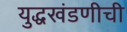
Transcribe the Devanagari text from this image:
युद्धखंडणीची